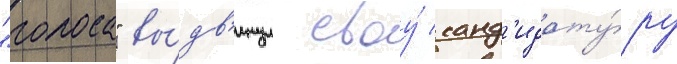
"голоса" вы́дв'инул своу́ канд'идату́ру